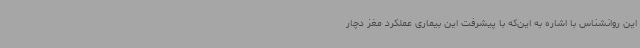
این روانشناس با اشاره به این‌که با پیشرفت این بیماری عملکرد مغز دچار